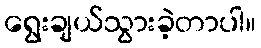
ရွေးချယ်သွားခဲ့တာပါ။